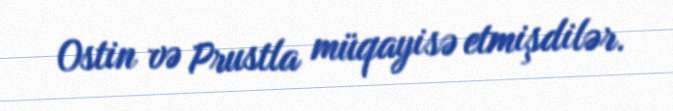
Ostin və Prustla müqayisə etmişdilər.